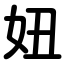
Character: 妞